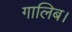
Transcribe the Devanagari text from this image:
गालिब।